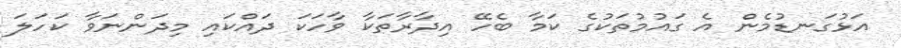
އަޅުގަނޑުމެން އެ ގައުމުތަކުގެ ކަމާ ބެހޭ އިދާރާތަކާ ވާހަކަ ދައްކައި މިދަންނަވާ ކަހަލަ